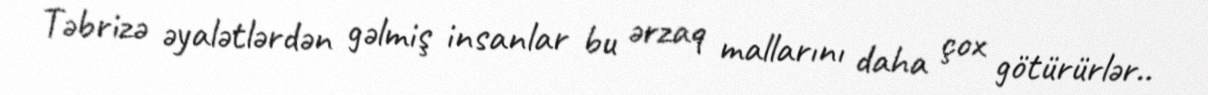
Təbrizə əyalətlərdən gəlmiş insanlar bu ərzaq mallarını daha çox götürürlər..